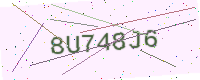
Text: 8U748J6